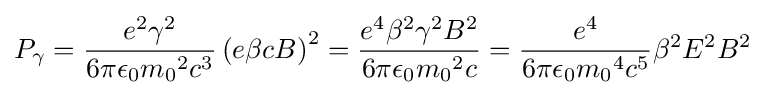
P_{\gamma }={\frac {e^{2}\gamma ^{2}}{6\pi \epsilon _{0}{m_{0}}^{2}c^{3}}}\left(e\beta cB\right)^{2}={\frac {e^{4}\beta ^{2}\gamma ^{2}B^{2}}{6\pi \epsilon _{0}{m_{0}}^{2}c}}={\frac {e^{4}}{6\pi \epsilon _{0}{m_{0}}^{4}c^{5}}}\beta ^{2}E^{2}B^{2}